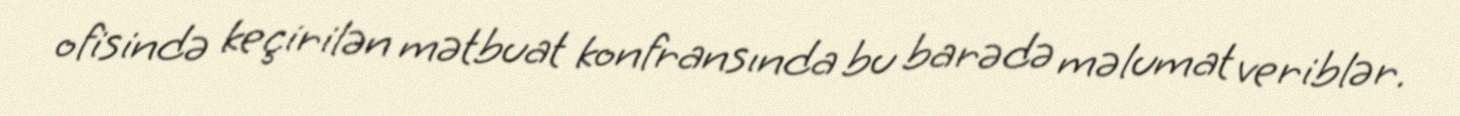
ofisində keçirilən mətbuat konfransında bu barədə məlumat veriblər.